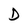
Character: D